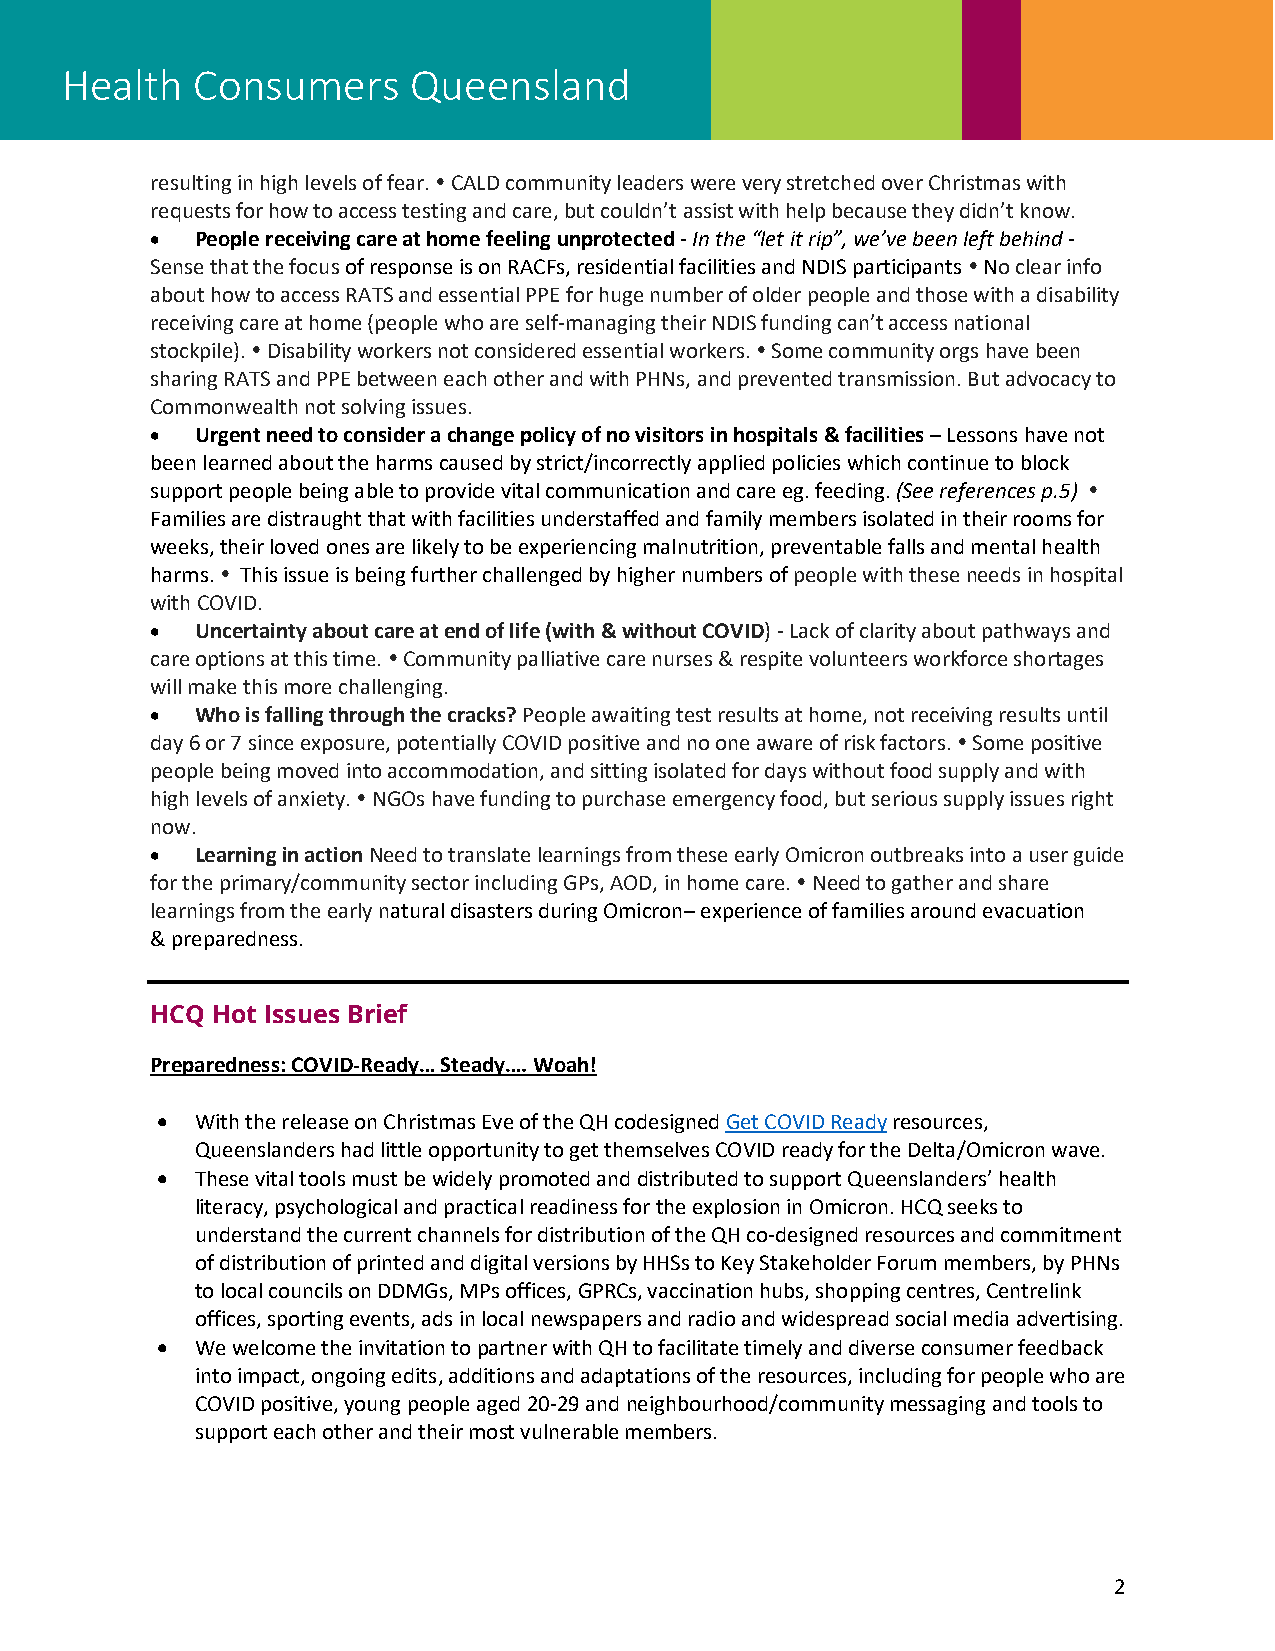
Health   Consumers     Queensland
 resulting in high levels of fear.  CALD community leaders were very stretched over Christmas with
 requests for how to access testing and care, but couldn’t assist with help because they didn’t know.
 •  People receiving care at home feeling unprotected - In the “let it rip”, we’ve been left behind -
 Sense that the focus of response is on RACFs, residential facilities and NDIS participants  No clear info
 about how to access RATS and essential PPE for huge number of older people and those with a disability
 receiving care at home (people who are self-managing their NDIS funding can’t access national
 stockpile).  Disability workers not considered essential workers.  Some community orgs have been
 sharing RATS and PPE between each other and with PHNs, and prevented transmission. But advocacy to
 Commonwealth not solving issues.
 •  Urgent need to consider a change policy of no visitors in hospitals & facilities – Lessons have not
 been learned about the harms caused by strict/incorrectly applied policies which continue to block
 support people being able to provide vital communication and care eg. feeding. (See references p.5) 
 Families are distraught that with facilities understaffed and family members isolated in their rooms for
 weeks, their loved ones are likely to be experiencing malnutrition, preventable falls and mental health
 harms.  This issue is being further challenged by higher numbers of people with these needs in hospital
 with COVID.
 •  Uncertainty about care at end of life (with & without COVID) - Lack of clarity about pathways and
 care options at this time.  Community palliative care nurses & respite volunteers workforce shortages
 will make this more challenging.
 •  Who is falling through the cracks? People awaiting test results at home, not receiving results until
 day 6 or 7 since exposure, potentially COVID positive and no one aware of risk factors.  Some positive
 people being moved into accommodation, and sitting isolated for days without food supply and with
 high levels of anxiety.  NGOs have funding to purchase emergency food, but serious supply issues right
 now.
 •  Learning in action Need to translate learnings from these early Omicron outbreaks into a user guide
 for the primary/community sector including GPs, AOD, in home care.  Need to gather and share
 learnings from the early natural disasters during Omicron– experience of families around evacuation
 & preparedness.
 HCQ Hot Issues Brief
 Preparedness: COVID-Ready… Steady…. Woah!
 •  With the release on Christmas Eve of the QH codesigned Get COVID Ready resources,
 Queenslanders had little opportunity to get themselves COVID ready for the Delta/Omicron wave.
 •  These vital tools must be widely promoted and distributed to support Queenslanders’ health
 literacy, psychological and practical readiness for the explosion in Omicron. HCQ seeks to
 understand the current channels for distribution of the QH co-designed resources and commitment
 of distribution of printed and digital versions by HHSs to Key Stakeholder Forum members, by PHNs
 to local councils on DDMGs, MPs offices, GPRCs, vaccination hubs, shopping centres, Centrelink
 offices, sporting events, ads in local newspapers and radio and widespread social media advertising.
 •  We welcome the invitation to partner with QH to facilitate timely and diverse consumer feedback
 into impact, ongoing edits, additions and adaptations of the resources, including for people who are
 COVID positive, young people aged 20-29 and neighbourhood/community messaging and tools to
 support each other and their most vulnerable members.
 2